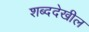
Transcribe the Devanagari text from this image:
शब्ददेखील